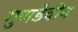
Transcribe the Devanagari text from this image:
गुणडेवीय